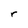
Character: r